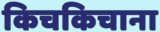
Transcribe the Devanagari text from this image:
किचकिचाना